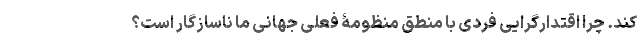
کند. چرا اقتدارگرایی فردی با منطقِ منظومۀ فعلی جهانی ما ناسازگار است؟